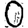
Digit: 0